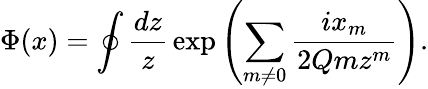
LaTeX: \Phi(x)=\oint{\frac{dz}{z}}\exp\left(\sum_{m\neq 0}{\frac{ix_{m}}{2Qmz^{m}}}\right).